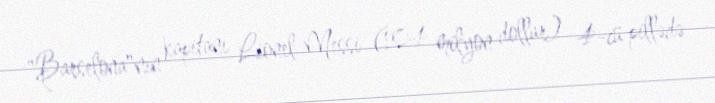
"Barselona"nın kapitanı Lionel Messi (104 milyon dollar) 4-cü pillədə